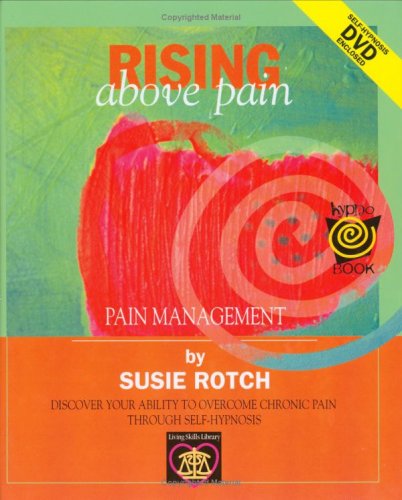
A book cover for Rising Above Pain (HypnoBooks); Susie Rotch; Health, Fitness & Dieting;